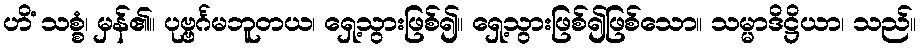
ဟိံ သစ္စံ၊ မှန်၏။ ပုဗ္ဗင်္ဂမဘူတယ၊ ရှေ့သွားဖြစ်၍။ ရှေ့သွားဖြစ်၍ဖြစ်သော။ သမ္မာဒိဋ္ဌိယာ၊ သည်။